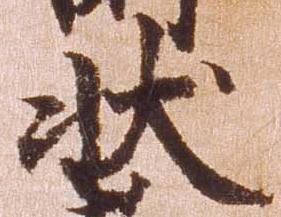
状